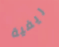
ريفية